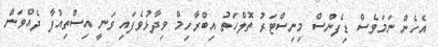
އެހެން ނަމަވެސް ޑިފެންސް މިނިސްޓަރު ތޮލްހަތު އިބްރާހިމް ވިދާޅުވެފައި ވަނީ އިސްތިއުފާ ދެއްވަން